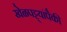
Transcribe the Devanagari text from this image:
खेळपट्ट्यांपैकी